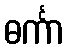
ဓင်္ကာ